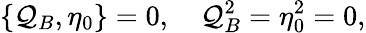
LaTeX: \{ \mathcal{Q}_{B},\eta_{0}\} =0,\quad\mathcal{Q}_{B}^{2}=\eta_{0}^{2}=0,